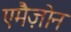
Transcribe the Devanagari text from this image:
एमैज़ोन